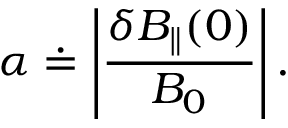
\alpha \doteq \left| \frac { \delta B _ { \parallel } ( 0 ) } { B _ { 0 } } \right| .